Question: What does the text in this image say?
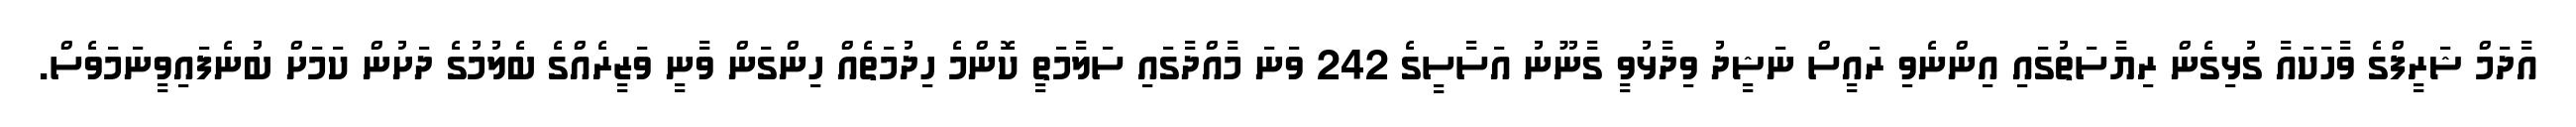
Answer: އާދަމް ޝަރީފްގެ ވާހަކައާ ގުޅިގެން ރިޔާސަތުގައި އިންނެވި ރައީސް ނަޝީދު ވިދާޅުވީ ގާނޫނު އަސާސީގެ 242 ވަނަ މާއްދާގައި ސަލާމަތީ ކޮންމެ ހިދުމަތެއް ހިންގަން ވާނީ ވަޒީރެއްގެ ބެލުމުގެ ދަށުން ކަމަށް ބުނެފައިވީނަމަވެސް.